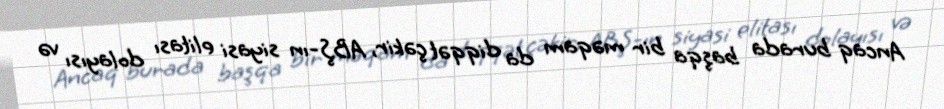
Ancaq burada başqa bir məqam da diqqət çəkir, ABŞ-ın siyasi elitası dolayısı və